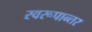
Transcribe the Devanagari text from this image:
स्वरूपान्तर